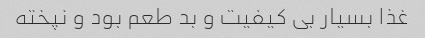
غذا بسیار بی کیفیت و بد طعم بود و نپخته